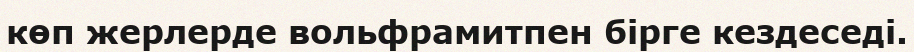
көп жерлерде вольфрамитпен бірге кездеседі.